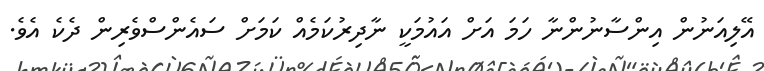
އޭލިއަނުން އިންސާނުންނާ ހަމަ އަށް އައުމަކީ ނާދިރުކަމެއް ކަމަށް ސައެންސްވެރިން ދެކެ އެވެ.